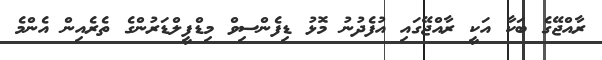
ރާއްޖޭގެ ބަކާ އަކީ ރާއްޖޭގައި އުފެދުނު މޮޅު ޑިފެންސިވް މިޑްފީލްޑަރުންގެ ތެރެއިން އެންމެ